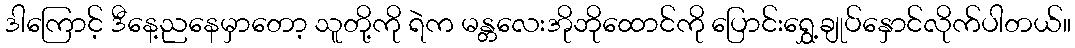
ဒါကြောင့် ဒီနေ့ညနေမှာတော့ သူတို့ကို ရဲက မန္တလေးအိုဘိုထောင်ကို ပြောင်းရွှေ့ချုပ်နှောင်လိုက်ပါတယ်။